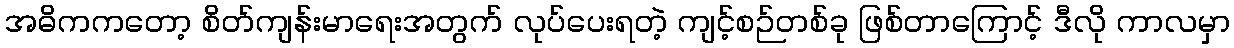
အဓိကကတော့ စိတ်ကျန်းမာရေးအတွက် လုပ်ပေးရတဲ့ ကျင့်စဉ်တစ်ခု ဖြစ်တာကြောင့် ဒီလို ကာလမှာ